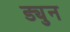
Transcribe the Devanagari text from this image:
ड्युन